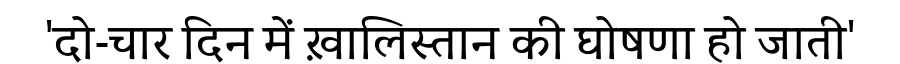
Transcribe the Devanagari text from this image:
'दो-चार दिन में ख़ालिस्तान की घोषणा हो जाती'